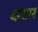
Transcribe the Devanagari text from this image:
बन्धार